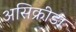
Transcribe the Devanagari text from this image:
असिक्रीडा